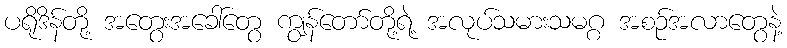
ပရိုဒိန်တို့ အတွေးအခေါ်တွေ ကျွန်တော်တို့ရဲ့ အလုပ်သမားသမဂ္ဂ အစဉ်အလာတွေနဲ့